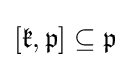
[{\mathfrak {k}},{\mathfrak {p}}]\subseteq {\mathfrak {p}}